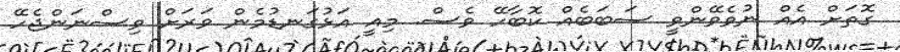
ގޮތަށް އެއް ނުވެވޭންވީ ސަބަބެއް ކޮބާހޭ ވެސް. މިއީ އަޅުގަނޑުމެން ވަރަށް ވިސްނަންޖެހޭ